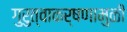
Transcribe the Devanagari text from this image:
गुरुत्वाकर्षणामुळीं